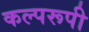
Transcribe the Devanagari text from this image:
कल्परूपी